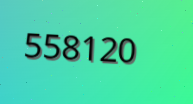
558120